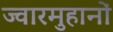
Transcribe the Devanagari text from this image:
ज्वारमुहानों